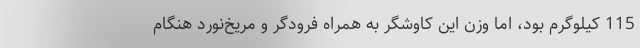
115 کیلوگرم بود، اما وزن این کاوشگر به همراه فرودگر و مریخ‌نورد هنگام